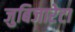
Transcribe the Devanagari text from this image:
जुबिजारेटा